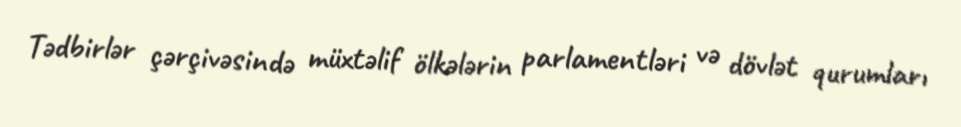
Tədbirlər çərçivəsində müxtəlif ölkələrin parlamentləri və dövlət qurumları